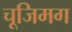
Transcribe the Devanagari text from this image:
चूजिमग